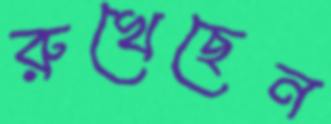
রুখেছেন